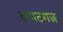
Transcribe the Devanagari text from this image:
कपटगज